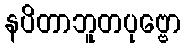
နပိတာဘူတပုဗ္ဗော